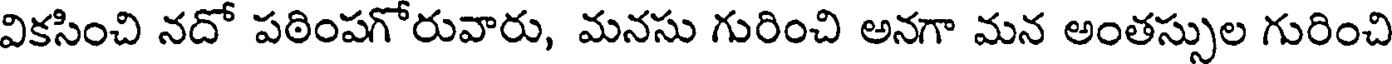
వికసించి నదో పఠింపగోరువారు, మనసు గురించి అనగా మన అంతస్సుల గురించి